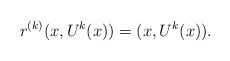
\begin{align*}r^{(k)}(x,U^{k}(x))=(x,U^{k}(x)).\end{align*}